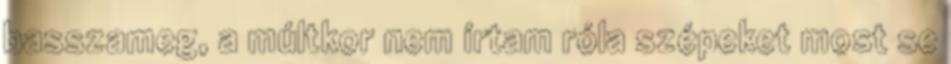
basszameg, a múltkor nem írtam róla szépeket most se